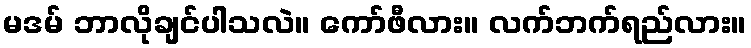
မဒမ် ဘာလိုချင်ပါသလဲ။ ကော်ဖီလား။ လက်ဘက်ရည်လား။